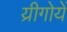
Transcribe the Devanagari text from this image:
य्रीगोयें